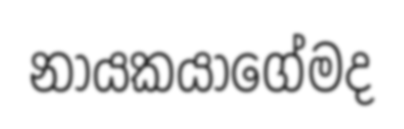
නායකයාගේමද